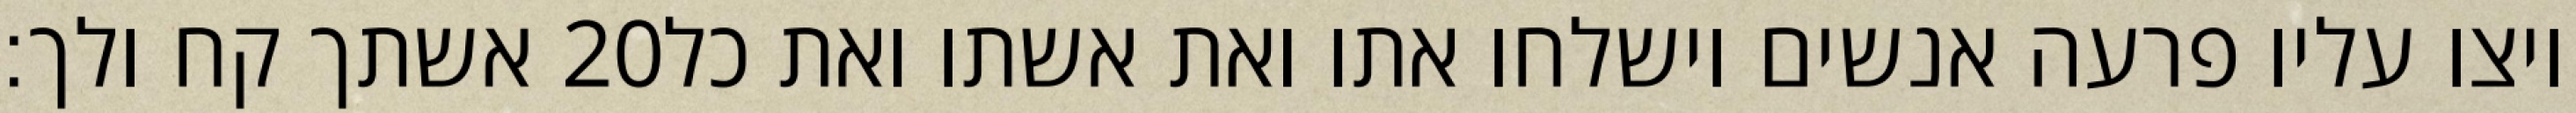
אשתך קח ולך׃ ‎20‏ ויצו עליו פרעה אנשים וישלחו אתו ואת אשתו ואת כל